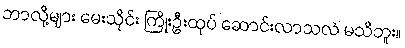
ဘာလို့များ မေးသိုင်း ကြိုးဦးထုပ် ဆောင်းလာသလဲ မသိဘူး။